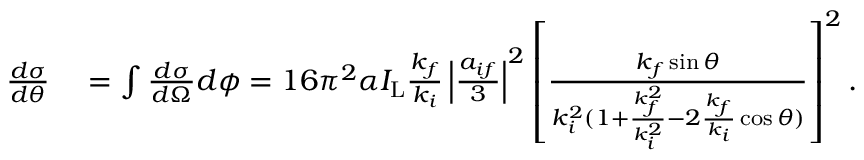
\begin{array} { r l } { \frac { d \sigma } { d \theta } } & { { } = \int \frac { d \sigma } { d \Omega } d \phi = 1 6 \pi ^ { 2 } \alpha I _ { \mathrm { L } } \frac { k _ { f } } { k _ { i } } \left\vert \frac { a _ { i f } } { 3 } \right\vert ^ { 2 } \left[ \frac { k _ { f } \sin \theta } { k _ { i } ^ { 2 } ( 1 + \frac { k _ { f } ^ { 2 } } { k _ { i } ^ { 2 } } - 2 \frac { k _ { f } } { k _ { i } } \cos \theta ) } \right] ^ { 2 } . } \end{array}